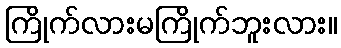
ကြိုက်လားမကြိုက်ဘူးလား။